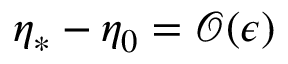
\eta _ { * } - \eta _ { 0 } = \mathcal { O } ( \epsilon )